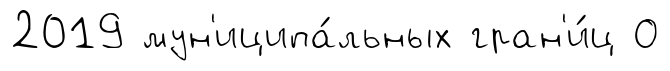
2019 мун'иципа́льных гран'и́ц О